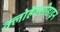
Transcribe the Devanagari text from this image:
क्लोर्हेक्सीडाइन